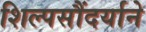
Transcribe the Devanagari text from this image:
शिल्पसौंदर्याने